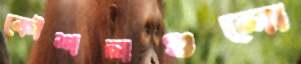
কৌশলগুলো